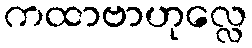
ကထာဗာဟုလ္လေ